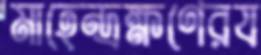
মাহেন্দ্রক্ষণেরয